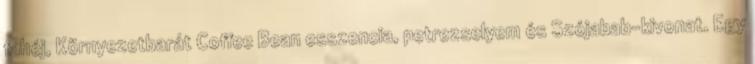
fahéj, Környezetbarát Coffee Bean esszencia, petrezselyem és Szójabab-kivonat. Egy